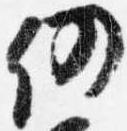
仍